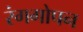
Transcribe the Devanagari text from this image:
रंगगोपन